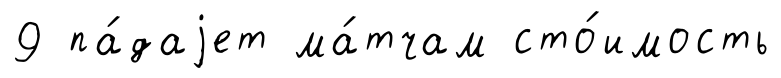
9 па́даjет ма́тчам сто́имость